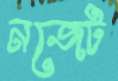
নজেট